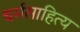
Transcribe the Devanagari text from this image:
धर्मसाहित्य